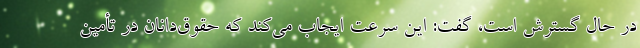
در حال گسترش است، گفت: این سرعت ایجاب می‌کند که حقوق‌دانان در تأمین